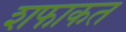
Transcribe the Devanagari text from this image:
शफाकत